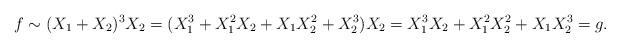
LaTeX: \begin{align*}f\sim(X_1+X_2)^3X_2=(X_1^3+X_1^2X_2+X_1X_2^2+X_2^3)X_2=X_1^3X_2+X_1^2X_2^2+X_1X_2^3=g.\end{align*}